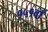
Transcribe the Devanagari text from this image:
१५१वाँ